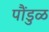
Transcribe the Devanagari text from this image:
पौंडुळ